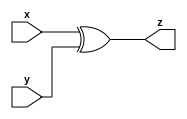
module AddRoundKey(
x,
y,
z);

	input [127:0] x;
	input [127:0] y;
	output [127:0] z;

	assign z = x ^ y;
	
endmodule